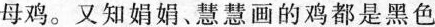
母鸡。又知娟娟、慧慧画的鸡都是黑色